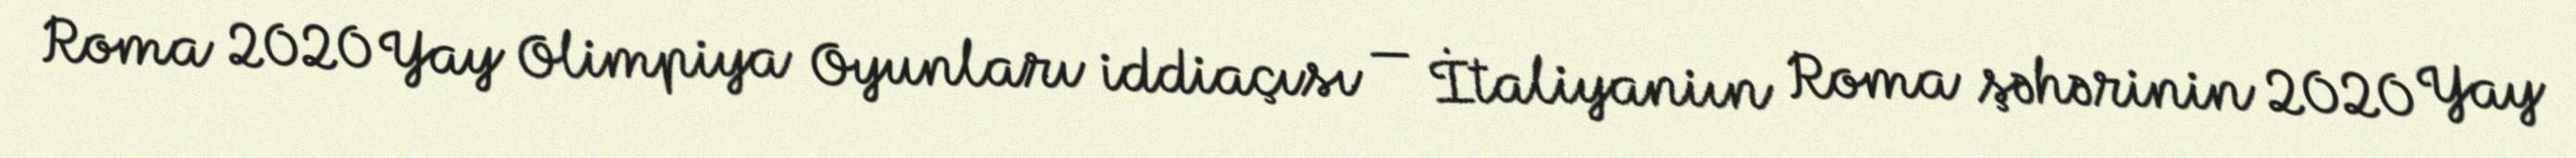
Roma 2020 Yay Olimpiya Oyunları iddiaçısı — İtaliyaniın Roma şəhərinin 2020 Yay